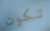
تكون